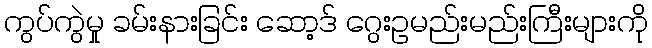
ကွပ်ကွဲမှု ခမ်းနားခြင်း ဆော့ဒ် ဂွေးဥမည်းမည်းကြီးများကို